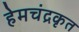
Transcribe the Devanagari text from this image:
हेमचंद्रकृत